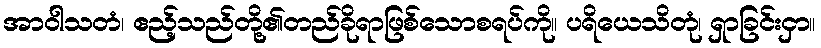
အာဝါသတံ၊ ဧည့်သည်တို့၏တည်ခိုရာဖြစ်သောစရပ်ကို။ ပရိယေသိတုံ၊ ရှာခြင်းငှာ။